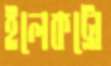
ইলেকট্রো